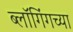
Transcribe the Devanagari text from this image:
ब्लॉगिंगच्या